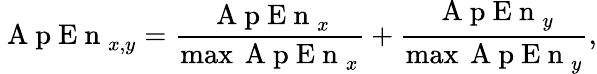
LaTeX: \mathrm{~A~p~E~n~}_{x,y}=\frac{\mathrm{~A~p~E~n~}_{x}}{\operatorname*{max}{\mathrm{~A~p~E~n~}_{x}}}+\frac{\mathrm{~A~p~E~n~}_{y}}{\operatorname*{max}{\mathrm{~A~p~E~n~}_{y}}},